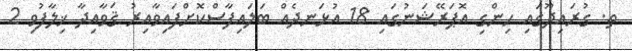
ތ. ގުރައިދޫގައި ހިންގި އޮޕަރޭޝަނުގައި 18 އުޅަނދެއް ބަލައިފާސްކޮށްފައިވާއިރު ޤަވާއިދާ ޚިލާފުވި 2